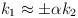
LaTeX: \begin{align*}k_1 \approx \pm \alpha k_2 \end{align*}